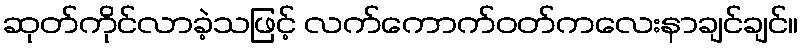
ဆုတ်ကိုင်လာခဲ့သဖြင့် လက်ကောက်ဝတ်ကလေးနာချင်ချင်။